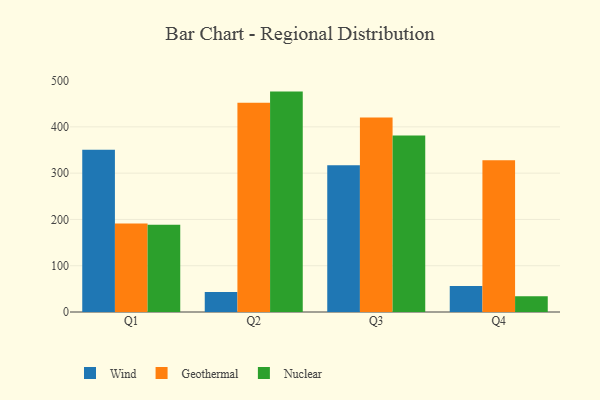
{"axis": {"x": "Quarter", "y": "Market Share (%)"}, "legend": ["Geothermal", "Nuclear", "Wind"], "data": [{"x": "Q1", "y": 350.5, "type": "Wind"}, {"x": "Q1", "y": 191.2, "type": "Geothermal"}, {"x": "Q1", "y": 188.3, "type": "Nuclear"}, {"x": "Q2", "y": 43.4, "type": "Wind"}, {"x": "Q2", "y": 452.3, "type": "Geothermal"}, {"x": "Q2", "y": 476.2, "type": "Nuclear"}, {"x": "Q3", "y": 317.3, "type": "Wind"}, {"x": "Q3", "y": 420.3, "type": "Geothermal"}, {"x": "Q3", "y": 381.1, "type": "Nuclear"}, {"x": "Q4", "y": 56.1, "type": "Wind"}, {"x": "Q4", "y": 328.1, "type": "Geothermal"}, {"x": "Q4", "y": 34.0, "type": "Nuclear"}]}